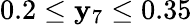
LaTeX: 0.2\leq\mathbf{y}_{7}\leq0.35